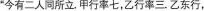
”今有二人同所立。甲行率七，乙行率三。乙东行，